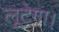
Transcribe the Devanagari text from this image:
लूटेगा।